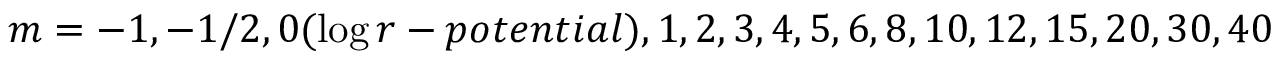
m = - 1 , - 1 / 2 , 0 ( \log r - p o t e n t i a l ) , 1 , 2 , 3 , 4 , 5 , 6 , 8 , 1 0 , 1 2 , 1 5 , 2 0 , 3 0 , 4 0